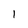
Character: 1